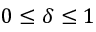
0 \le \delta \le 1